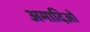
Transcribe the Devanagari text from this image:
अमादिओ